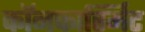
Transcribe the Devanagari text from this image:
कॉनफार्स्मिट